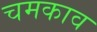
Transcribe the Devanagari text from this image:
चमकाव